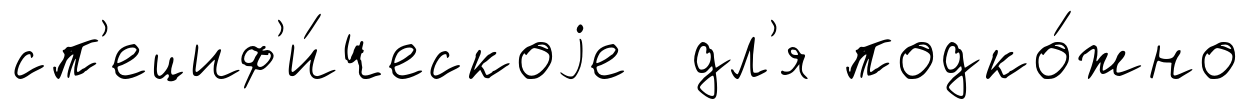
сп'ециф'и́ческоjе дл'я подко́жно